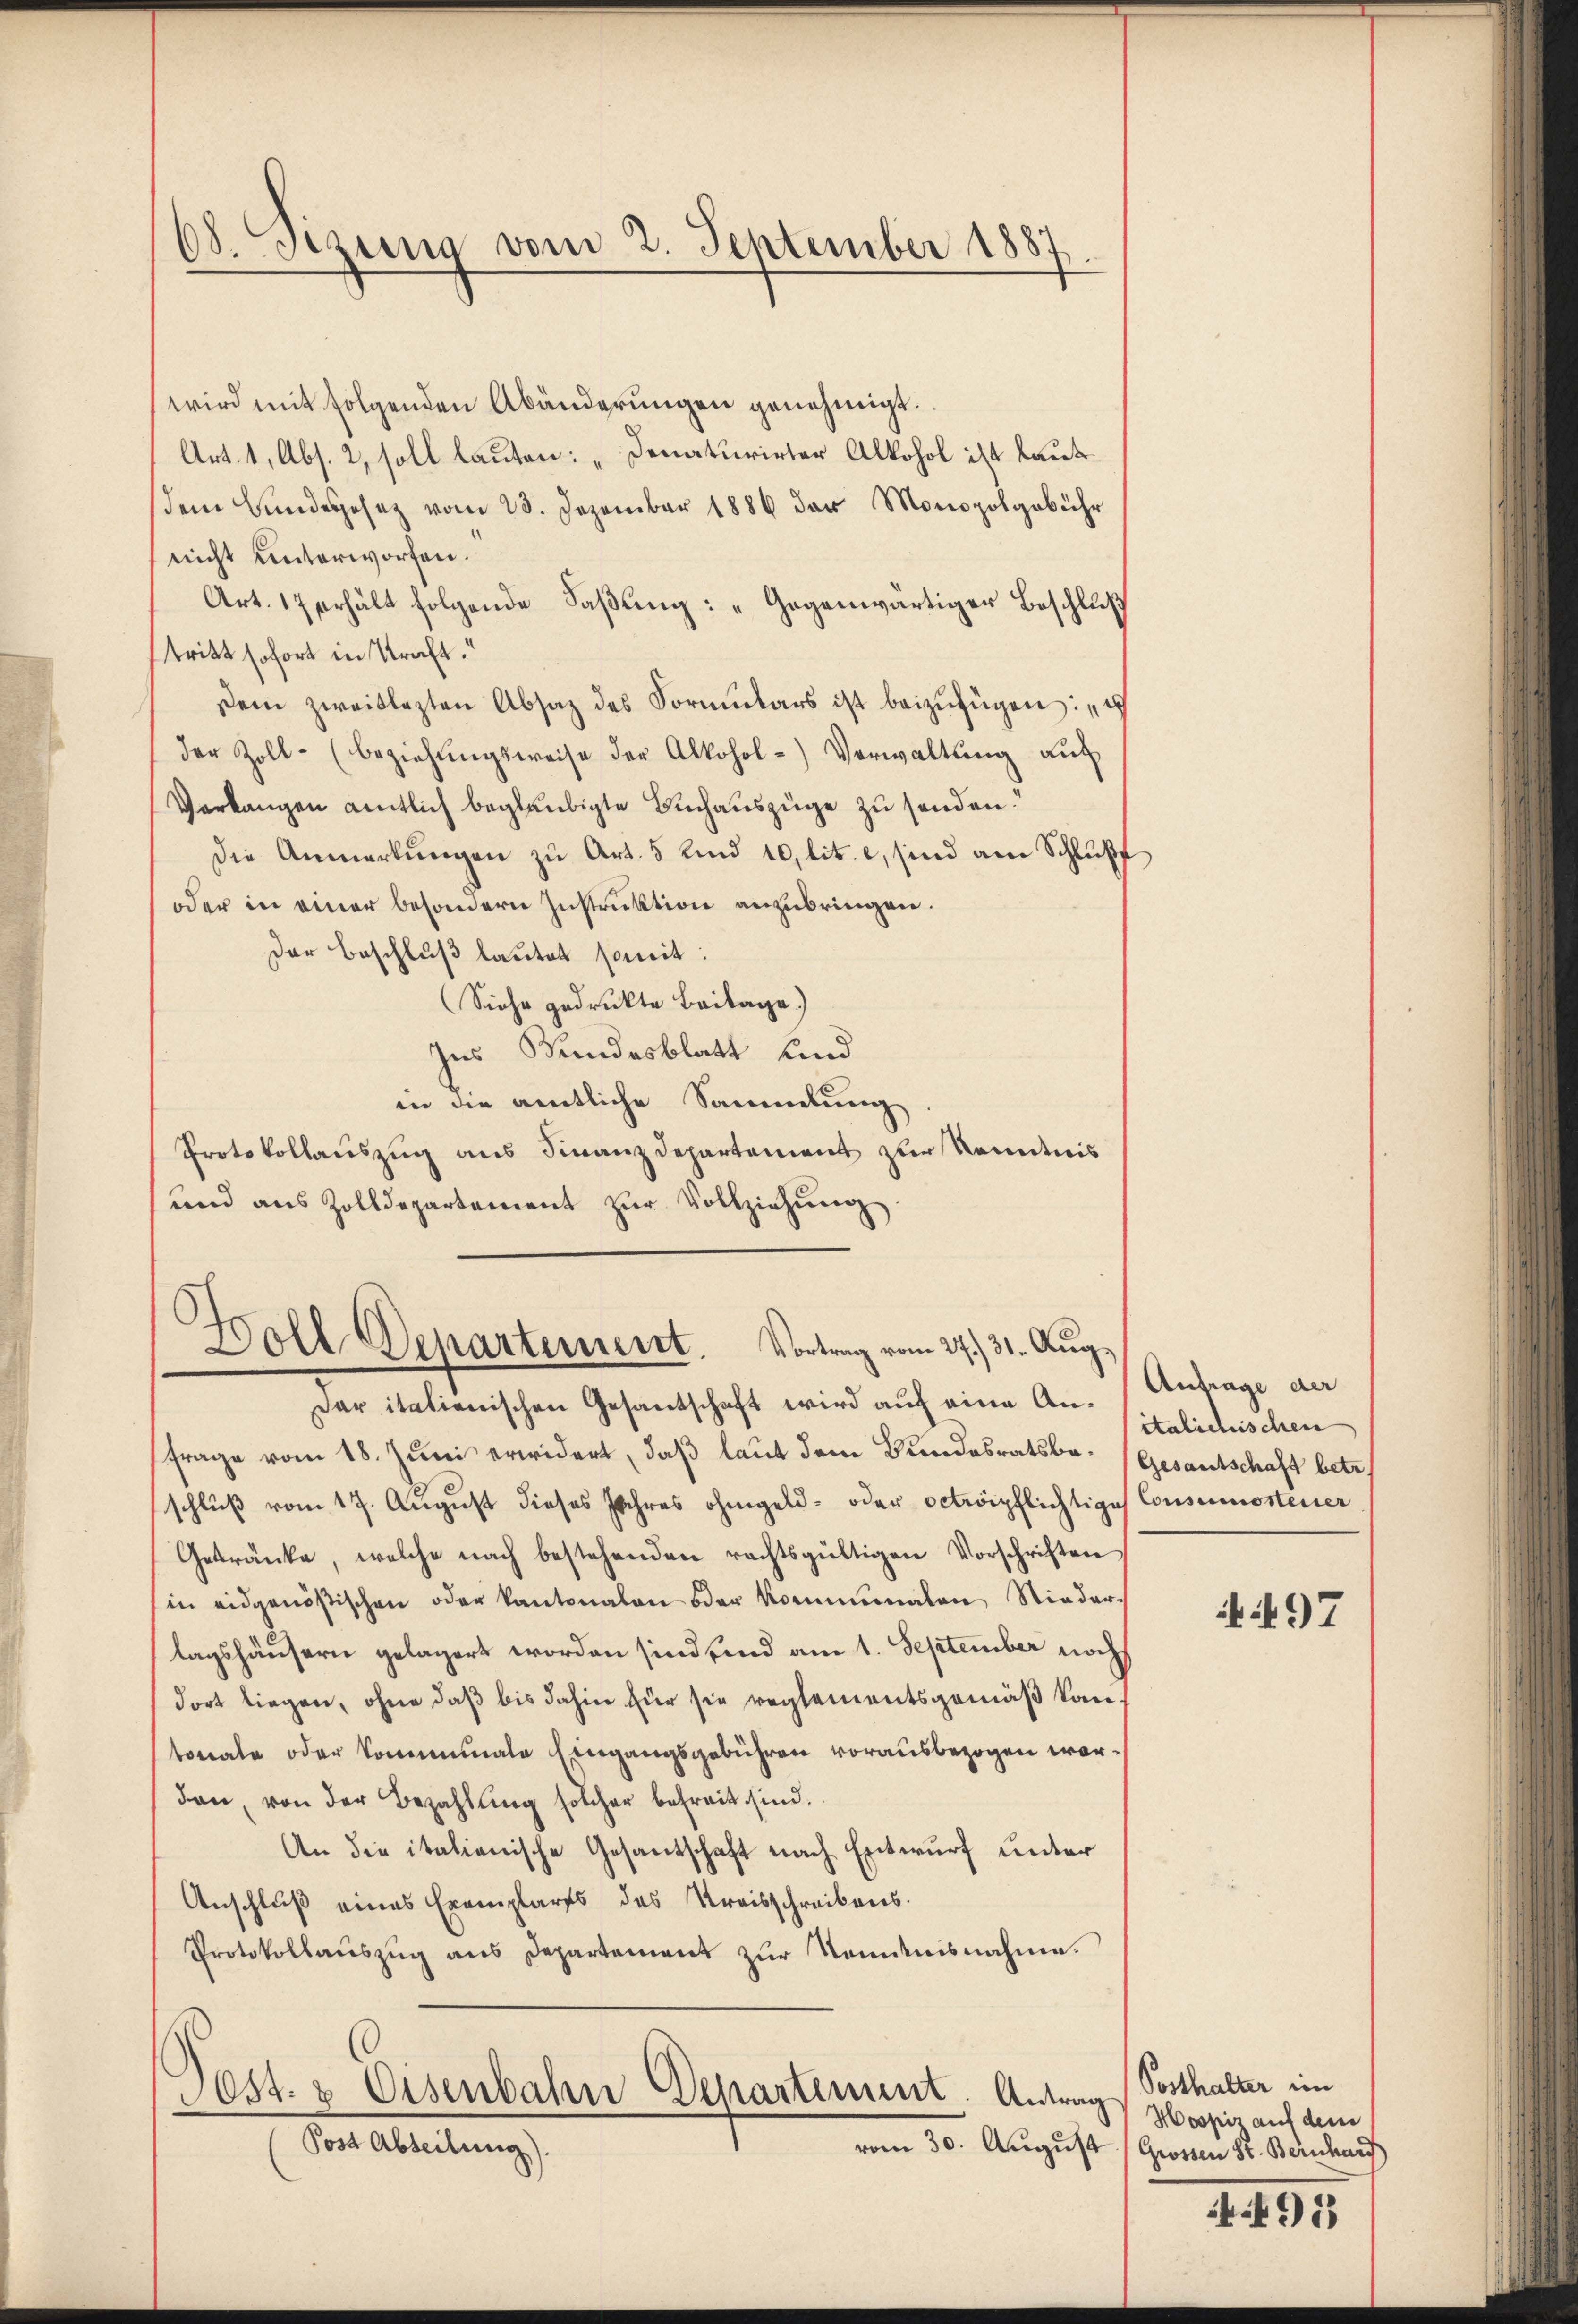
68. Setzung vom 2. September 1887.

Or
Doll Departement. Vortrag vom 27. 31. Aŭg.

wird mit folgenden Abänderŭngen genehmigt.
Art. 1, Abs. 2, soll lauten: „Denaturirter Alkohol ist laut
dem Bundesgesez vom 28. Dezember 1886 der Monopolgebühr
nicht unterworfen.
Art. 17 erhält folgende Faβŭng: „Gegenwärtiger Beschluß
stritt sofort in Kraft.“
Dein zweitlezten Absaz des Formŭlars ist beizufügen: „d
der Zoll- (beziehŭngsweise der Alkohol-Verwaltŭng aŭf
Verlangen amtlich beglaubigte Buchauszuge zu senden.“
die Anmerkungen zu Art. 5 Kind 10, lit. c, sind am Schluße
oder in einer besondern Instruktion anzubringen.
Der Beschluß lautet somit:
(Siehe gedruckte Beilage.)
Ins Bundesblatt und
in die amtliche Sammlung
Protokollauszug aus Finanzdepartement zur Kenntnis
und aus Zolldepartement zŭr Vollziehung

Der italienischen Gesantschaft wird auf eine Anfrage vom 18. Juni erwidert, daß laut dem Bundesratsbe- Gesantschaft betr
schluß vom 17. August dieses Jahres ohngeld- oder octripflichtige
Getränke, welche nach bestehenden rechtsgültigen Vorschriften
in eidgenößischen oder Kantonalen oder Kommunalen Niederlagshäusern gelagert worden sind sind am 1. September noch
dort liegen, ohne daß bis dahin für sie reglementsgemäß kantonale oder kommennale Eingangsgebühren vorausbezogen war.
dan, von der Bezahlung solcher befreit sind.
An die italienische Gesantschaft nach Entwurf unter
Anschluß eines Exemplares des Kreisschreibens.
Protokollaŭszŭg ans Departement zŭr Komitnisnahme.
Pest. & Eisenbahn Departement. Antrag
Post Abteilung).
vom 30. August Grossen St. Bedarf

Antrage der
italichischen
Consumsteuer

if. 497

Posthalter im
Hospis auf dem

if. 91